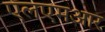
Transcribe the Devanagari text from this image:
एलएमआर